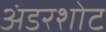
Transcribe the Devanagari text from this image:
अंडरशोट